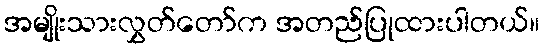
အမျိုးသားလွှတ်တော်က အတည်ပြုထားပါတယ်။